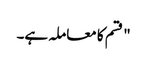
" قسم کا معاملہ ہے۔